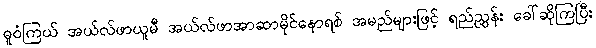
ဓူဝံကြယ် အယ်လ်ဖာယူမီ အယ်လ်ဖာအာဆာမိုင်နောရစ် အမည်များဖြင့် ရည်ညွှန်း ခေါ်ဆိုကြပြီး